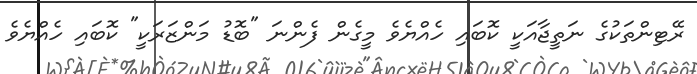
ރޭޓިންތަކުގެ ނަތީޖާއަކީ ކޮބައި ހެއްޔެވެ މީގެން ފެންނަ "ބޮޑު މަންޒަރަކީ" ކޮބައި ހެއްޔެވެ